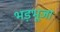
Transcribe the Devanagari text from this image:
भड़भूजा